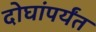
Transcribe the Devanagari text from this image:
दोघांपर्यंत